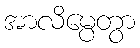
အာလိမ္ပေတွာ